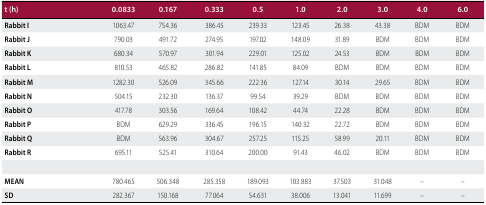
<table><thead><tr><td><b>t (h)</b></td><td><b>0.0833</b></td><td><b>0.167</b></td><td><b>0.333</b></td><td><b>0.5</b></td><td><b>1.0</b></td><td><b>2.0</b></td><td><b>3.0</b></td><td><b>4.0</b></td><td><b>6.0</b></td></tr></thead><tbody><tr><td><b>Rabbit I</b></td><td>1063.47</td><td>754.36</td><td>386.45</td><td>239.33</td><td>123.45</td><td>26.38</td><td>43.38</td><td>BDM</td><td>BDM</td></tr><tr><td><b>Rabbit J</b></td><td>790.03</td><td>491.72</td><td>274.95</td><td>197.02</td><td>148.09</td><td>31.89</td><td>BDM</td><td>BDM</td><td>BDM</td></tr><tr><td><b>Rabbit K</b></td><td>680.34</td><td>570.97</td><td>301.94</td><td>229.01</td><td>125.02</td><td>24.53</td><td>BDM</td><td>BDM</td><td>BDM</td></tr><tr><td><b>Rabbit L</b></td><td>810.53</td><td>465.82</td><td>286.82</td><td>141.85</td><td>84.09</td><td>BDM</td><td>BDM</td><td>BDM</td><td>BDM</td></tr><tr><td><b>Rabbit M</b></td><td>1282.30</td><td>526.09</td><td>345.66</td><td>222.36</td><td>127.14</td><td>30.14</td><td>29.65</td><td>BDM</td><td>BDM</td></tr><tr><td><b>Rabbit N</b></td><td>504.15</td><td>232.30</td><td>136.37</td><td>99.54</td><td>39.29</td><td>BDM</td><td>BDM</td><td>BDM</td><td>BDM</td></tr><tr><td><b>Rabbit O</b></td><td>417.78</td><td>303.56</td><td>169.64</td><td>108.42</td><td>44.74</td><td>22.28</td><td>BDM</td><td>BDM</td><td>BDM</td></tr><tr><td><b>Rabbit P</b></td><td>BDM</td><td>629.29</td><td>336.45</td><td>196.15</td><td>140.32</td><td>22.72</td><td>BDM</td><td>BDM</td><td>BDM</td></tr><tr><td><b>Rabbit Q</b></td><td>BDM</td><td>563.96</td><td>304.67</td><td>257.25</td><td>115.25</td><td>58.99</td><td>20.11</td><td>BDM</td><td>BDM</td></tr><tr><td><b>Rabbit R</b></td><td>695.11</td><td>525.41</td><td>310.64</td><td>200.00</td><td>91.43</td><td>46.02</td><td>BDM</td><td>BDM</td><td>BDM</td></tr><tr><td><b>MEAN</b></td><td>780.465</td><td>506.348</td><td>285.358</td><td>189.093</td><td>103.883</td><td>37.503</td><td>31.048</td><td>–</td><td>–</td></tr><tr><td><b>SD</b></td><td>282.367</td><td>150.168</td><td>77.064</td><td>54.631</td><td>38.006</td><td>13.041</td><td>11.699</td><td>–</td><td>–</td></tr></tbody></table>